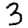
Digit: 3